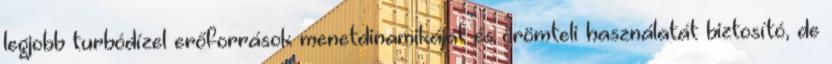
legjobb turbódízel erőforrások menetdinamikáját és örömteli használatát biztosító, de